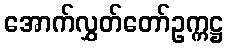
အောက်လွှတ်တော်ဥက္ကဋ္ဌ